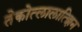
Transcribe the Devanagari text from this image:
तेकोत्लालात्झिन